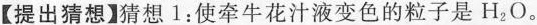
【提出猜想】猜想1：使牵牛花汁液变色的粒子是H_{2}O。